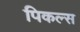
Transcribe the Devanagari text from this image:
पिकल्स